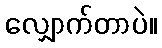
လျှောက်တာပဲ။